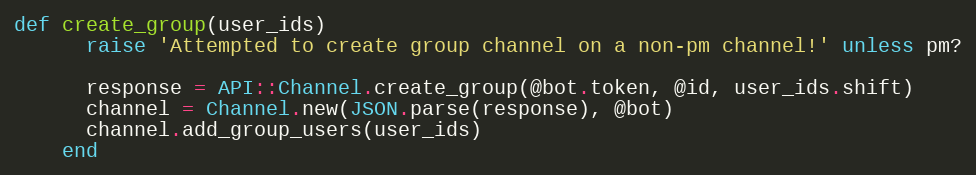
Language: Ruby
def create_group(user_ids)
      raise 'Attempted to create group channel on a non-pm channel!' unless pm?

      response = API::Channel.create_group(@bot.token, @id, user_ids.shift)
      channel = Channel.new(JSON.parse(response), @bot)
      channel.add_group_users(user_ids)
    end